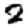
Digit: 2